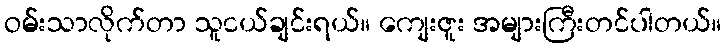
ဝမ်းသာလိုက်တာ သူငယ်ချင်းရယ်။ ကျေးဇူး အများကြီးတင်ပါတယ်။